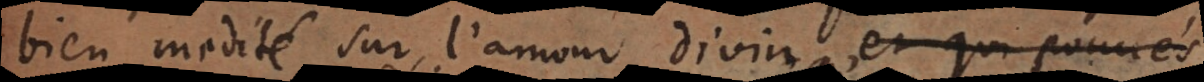
bien medité sur l’amour divin: et qui pouvés